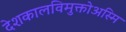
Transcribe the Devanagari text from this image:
देशकालविमुक्तोअस्मि